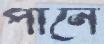
পানে